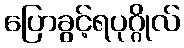
ပြောခွင့်ရပုဂ္ဂိုလ်